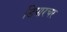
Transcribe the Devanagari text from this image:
डिपारचर